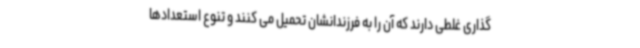
گذاری غلطی دارند که آن را به فرزندانشان تحمیل می کنند و تنوع استعدادها